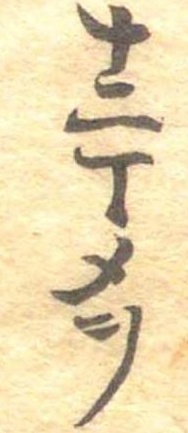
十二丁メヲ